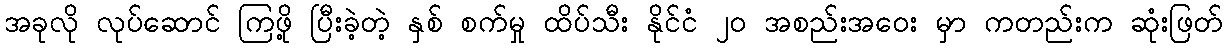
အခုလို လုပ်ဆောင် ကြဖို့ ပြီးခဲ့တဲ့ နှစ် စက်မှု ထိပ်သီး နိုင်ငံ ၂၀ အစည်းအဝေး မှာ ကတည်းက ဆုံးဖြတ်